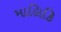
માલિકિ